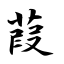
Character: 葭